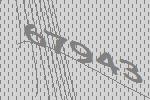
67943